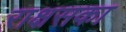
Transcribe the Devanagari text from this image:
राक्षसका